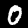
Digit: 0